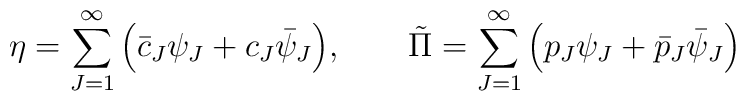
\eta= \sum_{J=1}^\infty \Big(\bar{c}_J\psi_J +c_J\bar{\psi}_J\Big),\qquad\tilde{\Pi}= \sum_{J=1}^\infty \Big({p}_J\psi_J +\bar{p}_J\bar{\psi}_J\Big)